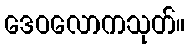
ဒေဝလောကသုတ်။